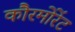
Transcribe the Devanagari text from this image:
कौरमोरेंट